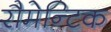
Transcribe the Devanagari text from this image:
रौमेन्टिक